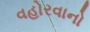
વહોરવાનો